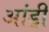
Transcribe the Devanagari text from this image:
आंड्री